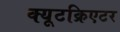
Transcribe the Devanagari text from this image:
क्यूटक्रिएटर